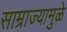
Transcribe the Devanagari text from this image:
साम्राज्यामुळे